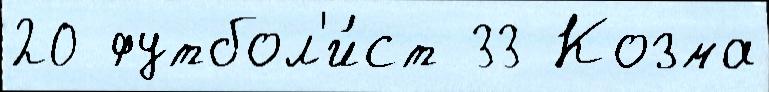
20 футбол'и́ст 33 Козма